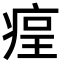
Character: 𤶲